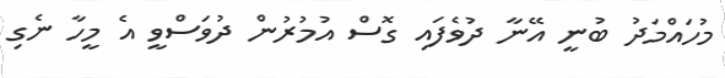
މުހައްމަދު ބުނީ އޭނާ ދުވެފައި ގޮސް އުމުުރުން ދުވަސްވީ އެ މީހާ ނެގި